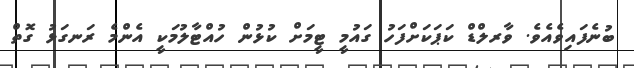
ބުނެފައިވެއެވެ. ވާރލްޑް ކަޕަކަށްފަހު ގައުމީ ޓީމަށް ކުޅުން ހުއްޓާލުމަކީ އެންމެ ރަނގަޅު ގޮތް